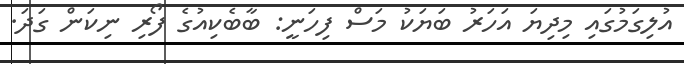
އުލިގަމުގައި މިދިޔަ އަހަރު ބަޔަކު މަސް ފިހަނީ: ބާބެކިއުގެ ފޯރި ނިކަން ގަދަ.